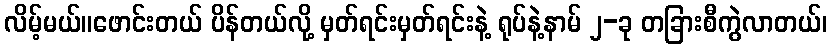
လိမ့်မယ်။ဖောင်းတယ် ပိန်တယ်လို့ မှတ်ရင်းမှတ်ရင်းနဲ့ ရုပ်နဲ့နာမ် ၂-ခု တခြားစီကွဲလာတယ်၊